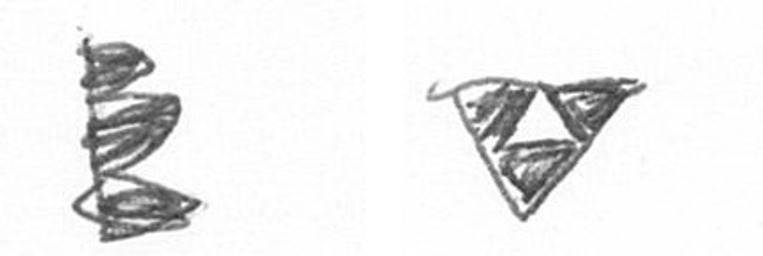
H S